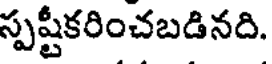
స్పష్టీకరించబడినది.